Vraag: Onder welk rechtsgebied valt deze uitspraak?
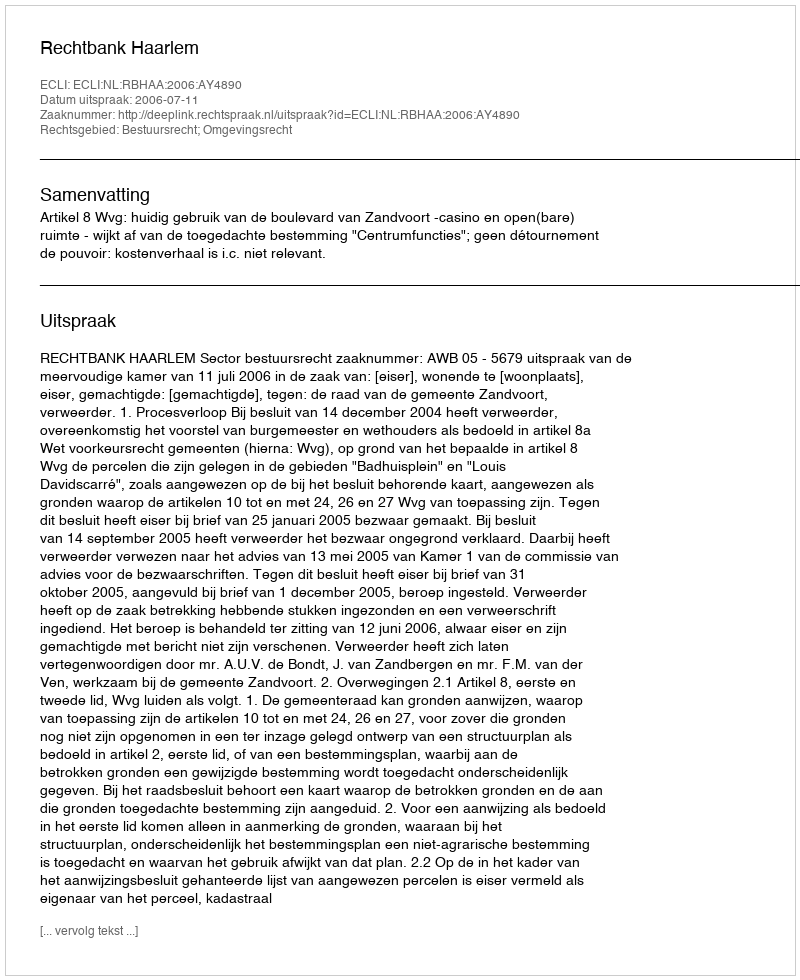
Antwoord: Bestuursrecht; Omgevingsrecht